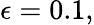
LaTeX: \epsilon=0.1,